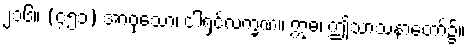
၂၁၆။ (၄၅၁) အာဝုသော၊ ငါ့ရှင်လက္ခဏ။ ဣဓ၊ ဤသာသနာတော်၌။